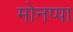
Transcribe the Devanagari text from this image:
मोनप्पा